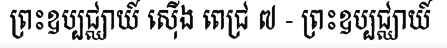
ព្រះឧប្បជ្ឈាយ៍ ស៊ើង ពេជ្រ ៧ - ព្រះឧប្បជ្ឈាយ៍